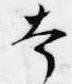
本